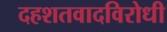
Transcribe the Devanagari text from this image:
दहशतवादविरोधी